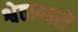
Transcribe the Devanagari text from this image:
श्वेताम्बरों